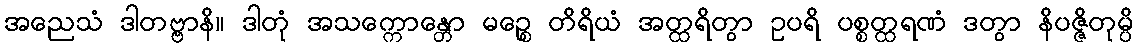
အညေသံ ဒါတဗ္ဗာနိ။ ဒါတုံ အသက္ကောန္တော မဉ္စေ တိရိယံ အတ္ထရိတွာ ဥပရိ ပစ္စတ္ထရဏံ ဒတွာ နိပဇ္ဇိတုမ္ပိ